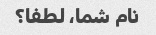
نام شما، لطفا؟